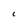
Character: 1